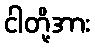
ငါတို့အား